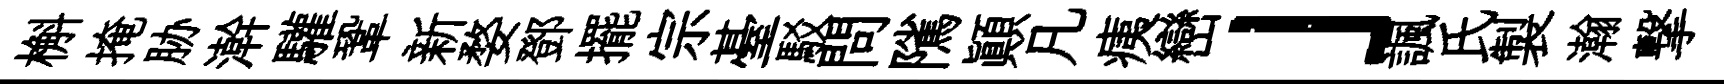
槲掩胁澣驩鞏新婺鄧擺宗䑓駁問隲顚凡痍巒」諷氏製瀚撃